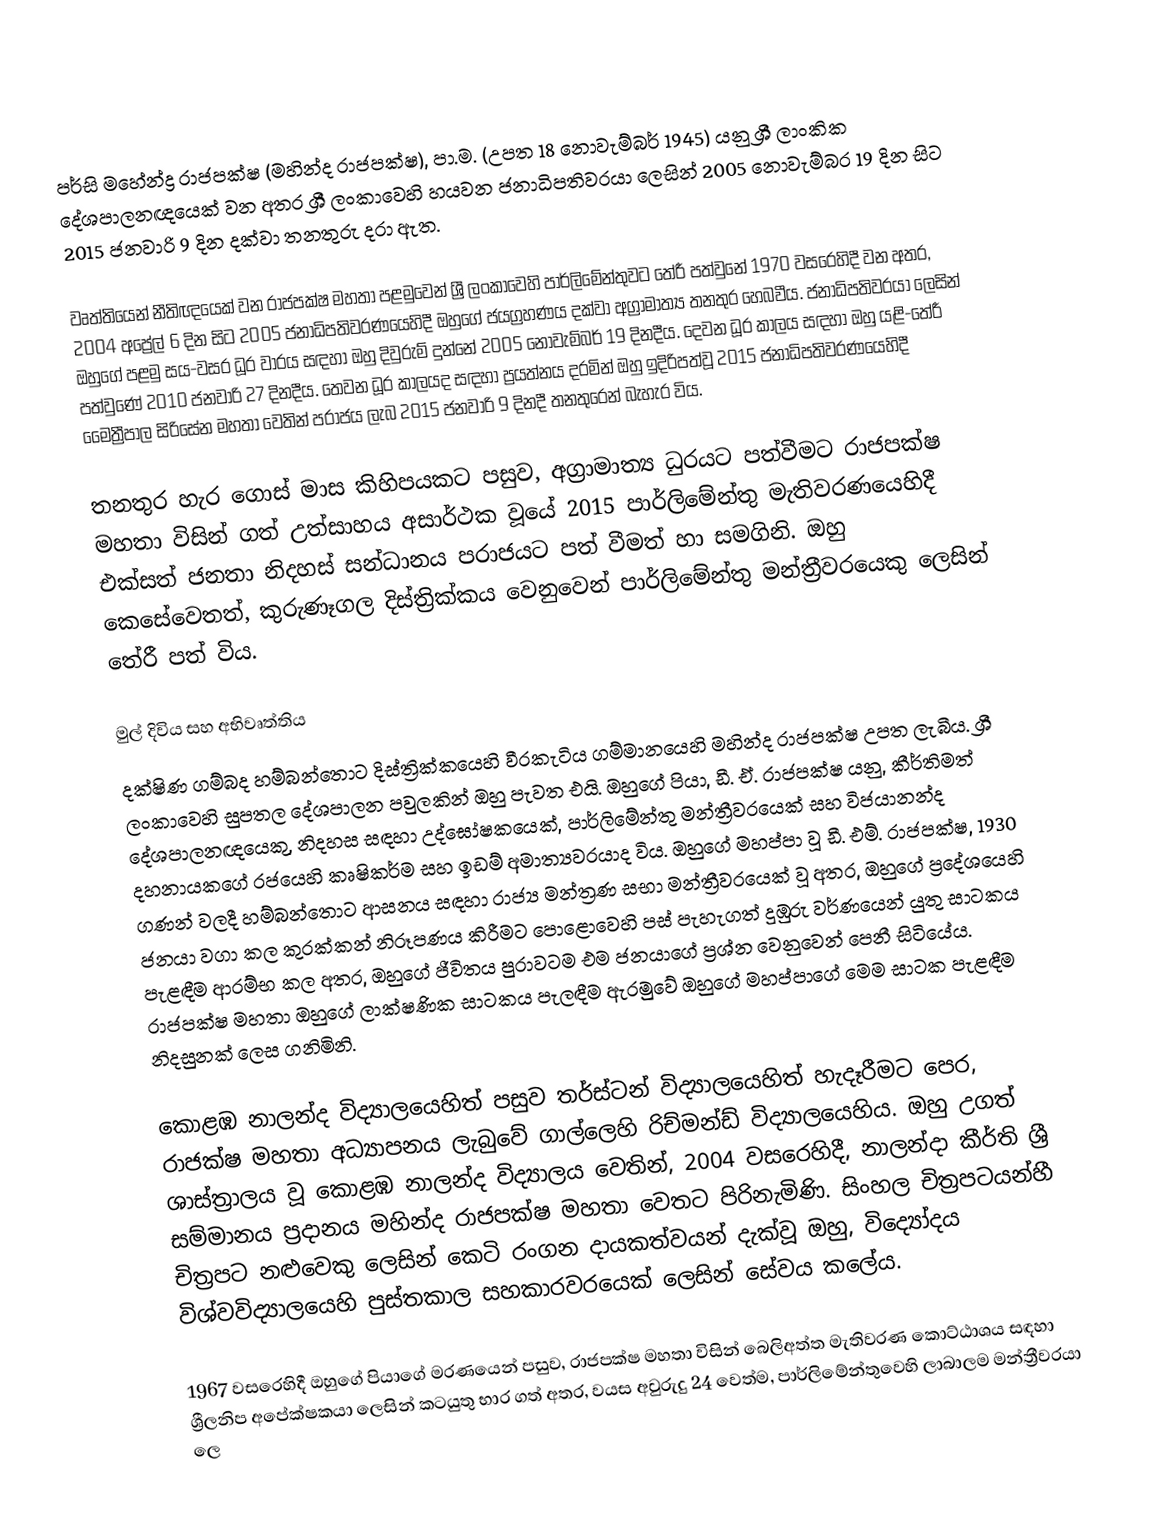
පර්සි මහේන්ද්‍ර රාජපක්ෂ (මහින්ද රාජපක්ෂ), පා.ම. (උපත 18 නොවැම්බර් 1945) යනු  ශ්‍රී ලාංකික දේශපාලනඥයෙක් වන අතර  ශ්‍රී ලංකාවෙහි හයවන ජනාධිපතිවරයා ලෙසින් 2005 නොවැම්බර 19 දින සිට 2015 ජනවාරි 9 දින දක්වා තනතුරු දරා ඇත.

වෘත්තියෙන් නීතිඥයෙක් වන රාජපක්ෂ මහතා පළමුවෙන්  ශ්‍රී ලංකාවෙහි පාර්ලිමේන්තුවට තේරී පත්වුනේ  1970 වසරෙහිදී වන අතර, 2004 අප්‍රේල් 6 දින සිට  2005 ජනාධිපතිවරණයෙහිදී ඔහුගේ ජයග්‍රහණය දක්වා අග්‍රාමාත්‍ය තනතුර හෙබවීය. ජනාධිපතිවරයා ලෙසින් ඔහුගේ පළමු සය-වසර ධූර වාරය සඳහා ඔහු දිවුරුම් දුන්නේ 2005 නොවැම්බර් 19 දිනදීය. දෙවන ධූර කාලය සඳහා ඔහු යළි-තේරී පත්වුණේ 2010 ජනවාරි 27 දිනදීය. තෙවන ධූර කාලයද සඳහා ප්‍රයත්නය දරමින් ඔහු ඉදිරිපත්වූ 2015 ජනාධිපතිවරණයෙහිදී මෛත්‍රීපාල සිරිසේන මහතා වෙතින් පරාජය ලැබ 2015 ජනවාරි 9 දිනදී තනතුරෙන් බැහැර විය.

තනතුර හැර ගොස් මාස කිහිපයකට පසුව, අග්‍රාමාත්‍ය ධුරයට පත්වීමට රාජපක්ෂ මහතා විසින් ගත් උත්සාහය අසාර්ථක වූයේ 2015 පාර්ලිමේන්තු මැතිවරණයෙහිදී එක්සත් ජනතා නිදහස් සන්ධානය පරාජයට පත් වීමත් හා සමගිනි. ඔහු කෙසේවෙතත්, කුරුණෑගල දිස්ත්‍රික්කය වෙනුවෙන් පාර්ලිමේන්තු මන්ත්‍රීවරයෙකු ලෙසින් තේරී පත් විය.

මුල් දිවිය සහ අභිවෘත්තිය
දක්ෂිණ ගම්බද හම්බන්තොට දිස්ත්‍රික්කයෙහි වීරකැටිය ගම්මානයෙහි මහින්ද රාජපක්ෂ උපත ලැබීය. ශ්‍රී ලංකාවෙහි සුපතල දේශපාලන පවුලකින් ඔහු පැවත එයි. ඔහුගේ පියා, ඩී. ඒ. රාජපක්ෂ යනු, කීර්තිමත් දේශපාලනඥයෙකු, නිදහස සඳහා උද්ඝෝෂකයෙක්, පාර්ලිමේන්තු මන්ත්‍රීවරයෙක් සහ  විජයානන්ද දහනායකගේ රජයෙහි කෘෂිකර්ම සහ ඉඩම් අමාත්‍යවරයාද විය. ඔහුගේ මහප්පා වූ ඩී. එම්. රාජපක්ෂ, 1930 ගණන් වලදී හම්බන්තොට ආසනය සඳහා රාජ්‍ය මන්ත්‍රණ සභා මන්ත්‍රීවරයෙක් වූ අතර, ඔහුගේ ප්‍රදේශයෙහි ජනයා වගා කල  කුරක්කන් නිරූපණය කිරීමට පොළොවෙහි පස් පැහැගත් දුඹුරු වර්ණයෙන් යුතු සාටකය පැළඳීම ආරම්භ කල අතර, ඔහුගේ ජීවිතය පුරාවටම එම ජනයාගේ ප්‍රශ්න වෙනුවෙන් පෙනී සිටියේය. රාජපක්ෂ මහතා ඔහුගේ ලාක්ෂණික සාටකය පැලඳීම ඇරමුවේ ඔහුගේ මහප්පාගේ මෙම සාටක පැළඳීම නිදසුනක් ලෙස ගනිමිනි.

කොළඹ නාලන්ද විද්‍යාලයෙහිත් පසුව තර්ස්ටන් විද්‍යාලයෙහිත් හැදෑරීමට පෙර, රාජක්ෂ මහතා අධ්‍යාපනය ලැබුවේ ගාල්ලෙහි  රිච්මන්ඩ් විද්‍යාලයෙහිය. ඔහු උගත් ශාස්ත්‍රාලය වූ කොළඹ නාලන්ද විද්‍යාලය වෙතින්,  2004 වසරෙහිදී,  නාලන්දා කීර්ති ශ්‍රී සම්මානය ප්‍රදානය මහින්ද රාජපක්ෂ මහතා වෙතට පිරිනැමිණි. සිංහල චිත්‍රපටයන්හී චිත්‍රපට නළුවෙකු ලෙසින් කෙටි රංගන දායකත්වයන් දැක්වූ ඔහු,   විද්‍යෝදය විශ්වවිද්‍යාලයෙහි පුස්තකාල සහකාරවරයෙක් ලෙසින් සේවය කලේය.

1967 වසරෙහිදී ඔහුගේ පියාගේ මරණයෙන් පසුව, රාජපක්ෂ මහතා විසින් බෙලිඅත්ත මැතිවරණ කොට්ඨාශය සඳහා  ශ්‍රීලනිප අපේක්ෂකයා ලෙසින් කටයුතු භාර ගත් අතර, වයස අවුරුදු 24 වෙත්ම, පාර්ලිමේන්තුවෙහි ලාබාලම මන්ත්‍රීවරයා ලෙ